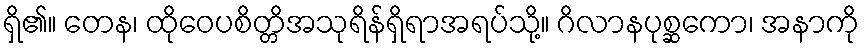
ရှိ၏။ တေန၊ ထိုဝေပစိတ္တိအသုရိန်ရှိရာအရပ်သို့။ ဂိလာနပုစ္ဆကော၊ အနာကို